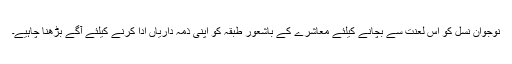
نوجوان نسل کو اس لعنت سے بچانے کیلئے معاشرے کے باشعور طبقہ کو اپنی ذمہ داریاں ادا کرنے کیلئے آگے بڑھنا چاہیے۔